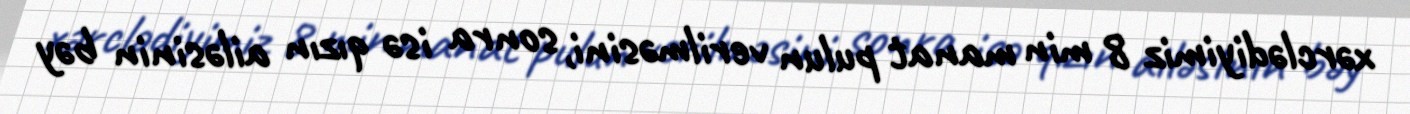
xərclədiyimiz 8 min manat pulun verilməsini, sonra isə qızın ailəsinin bəy